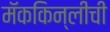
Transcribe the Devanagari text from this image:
मॅककिन्लीची